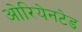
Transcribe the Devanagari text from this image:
ओरियेनटेड